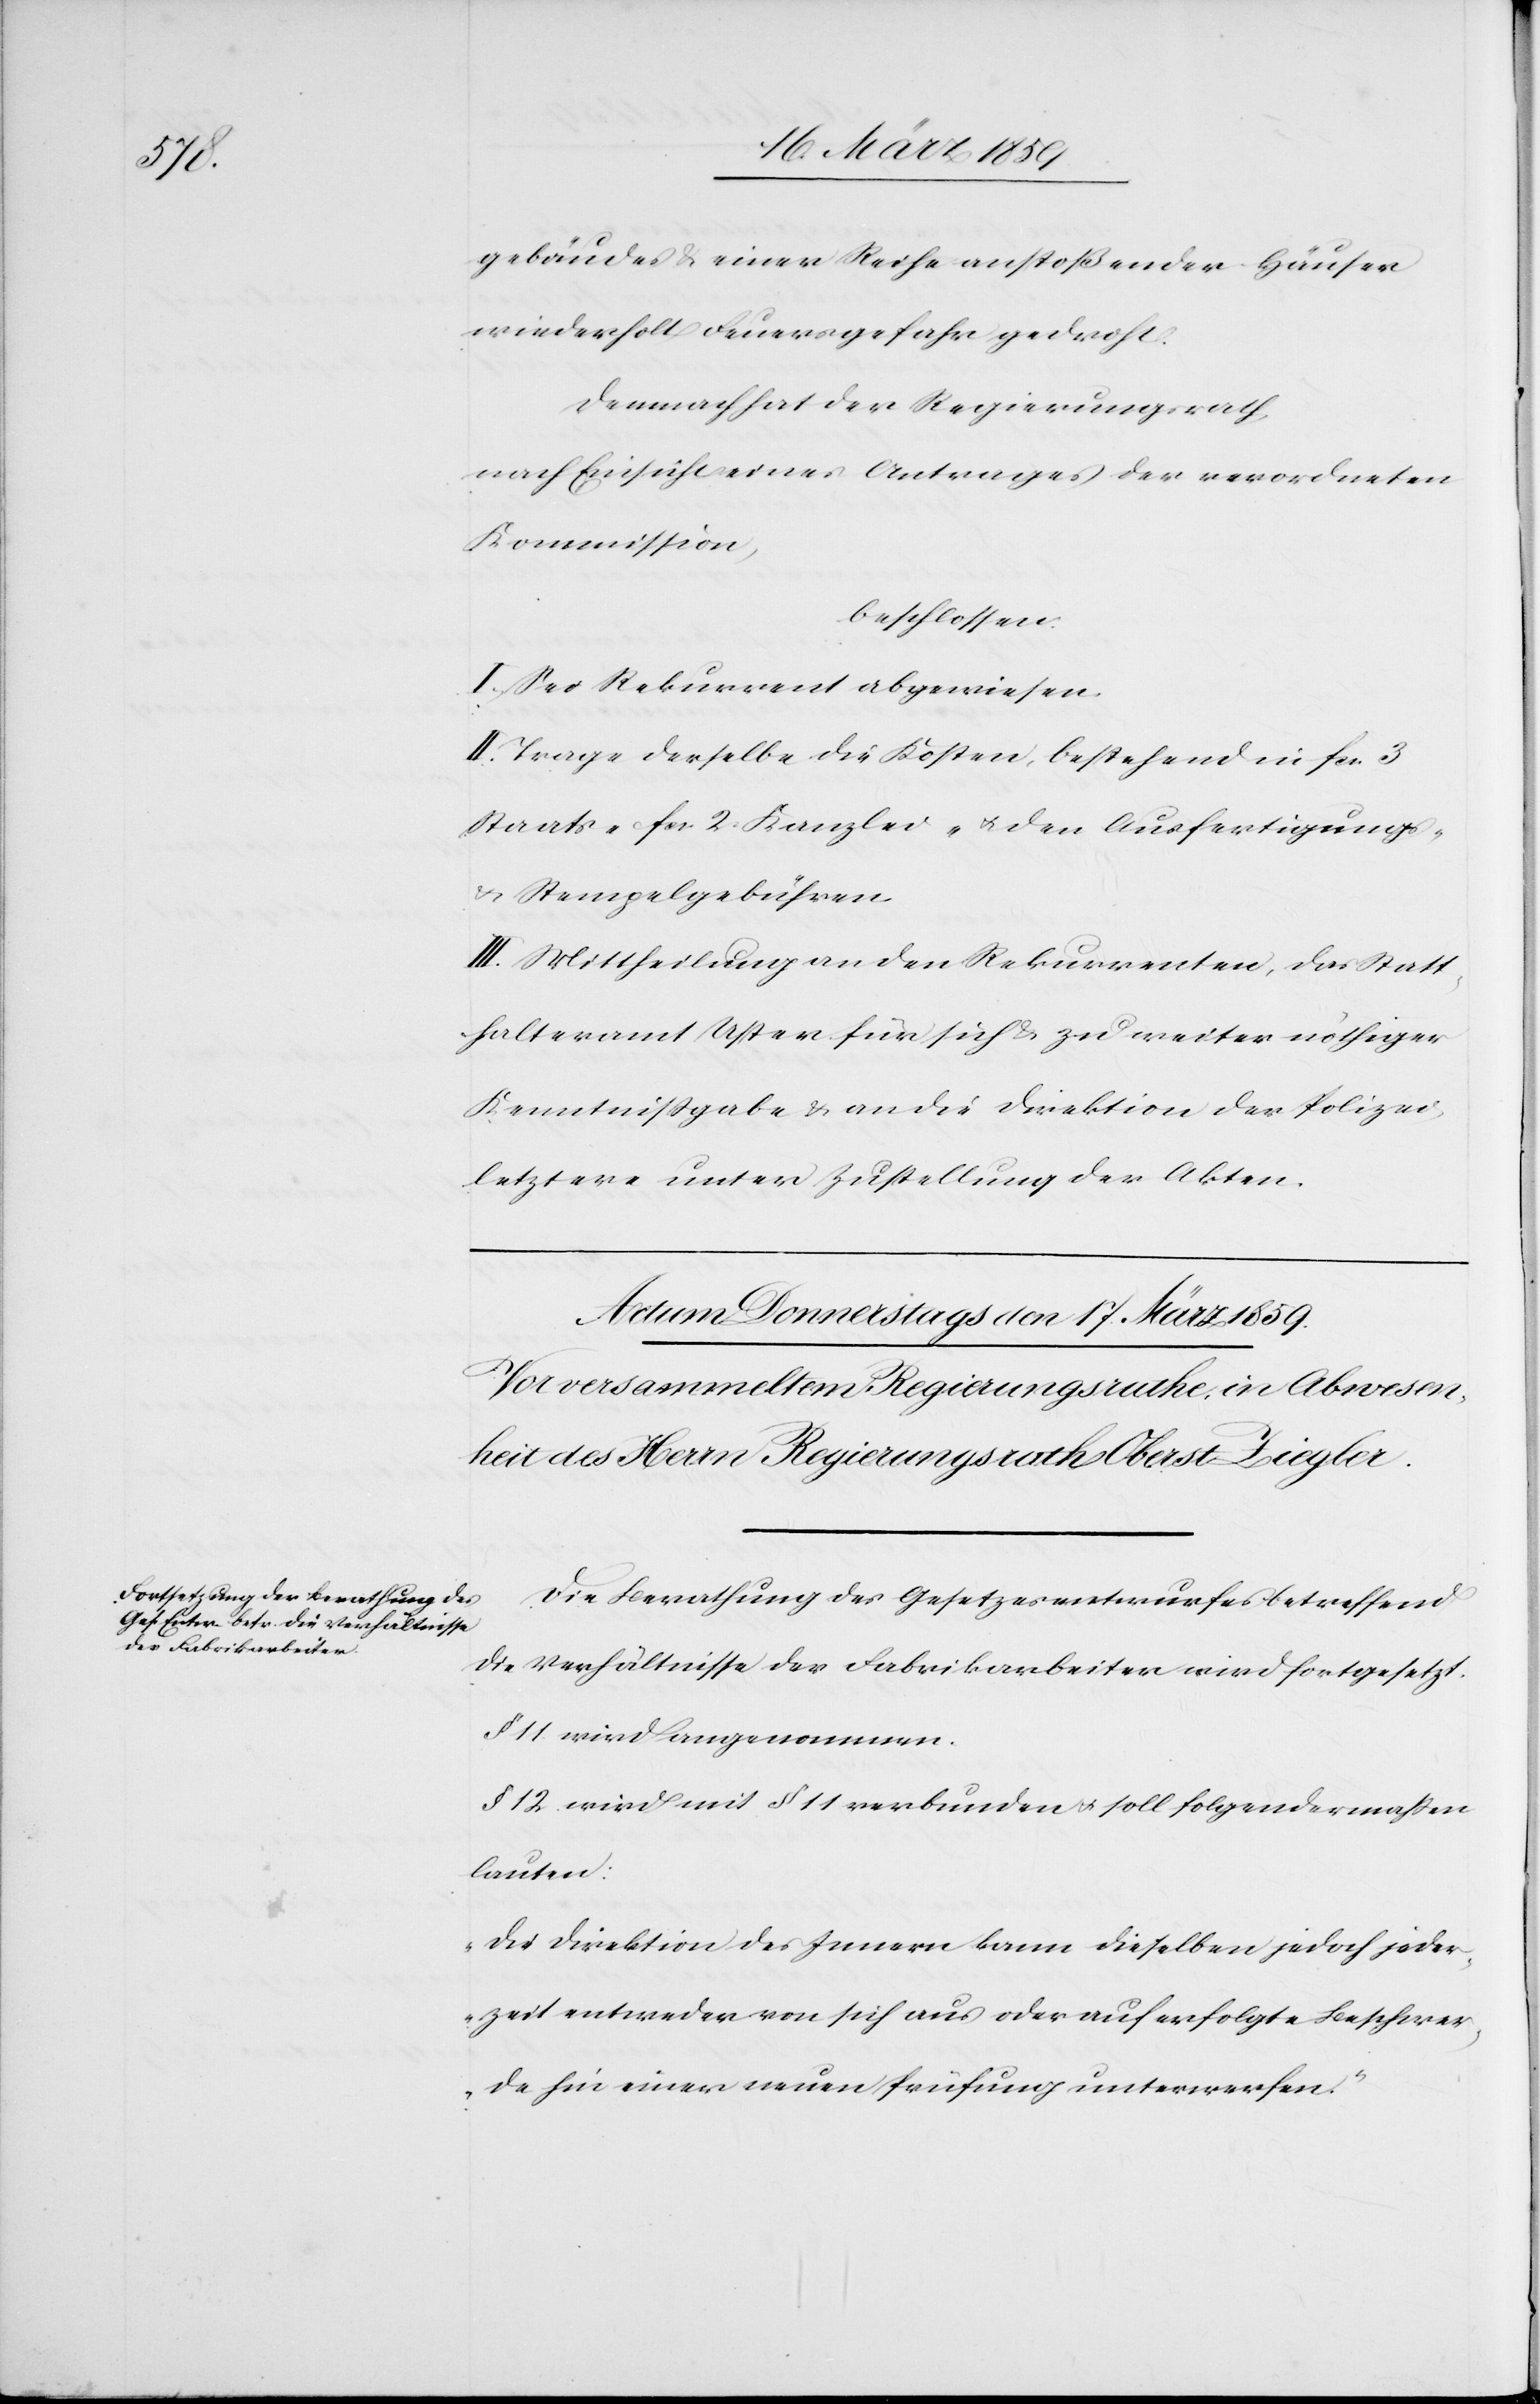
gebäudes & einer Reihe anstoßender Häuser
wiederholt Feuersgefahr gedroht.
Demnach hat der Regierungsrath,
nach Einsicht eines Antrages der verordneten
Kommission,
beschlossen:
I. Sei Rekurrent abgewiesen.
II. Trage derselbe die Kosten, bestehend in fcs. 3
Staats-[,] fcs. 2. Kanzlei- u. den Ausfertigungs-
u. Stempelgebühren.
III. Mittheilung an den Rekurrenten, Statt¬
halteramt Uster für sich & zu weiter nöthiger
Kenntnißgabe & an die Direktion der Polizei,
letztere unter Zustellung der Akten.
Die Berathung des Gesetzesentwurfes betreffend
die Verhältnisse der Fabrikarbeiter wird fortgesetzt.
§ 11. wird angenommen.
§ 12. wird mit § 11 verbunden u. soll folgendermaßen
lauten:
„Die Direktion des Innern kann dieselben jedoch jeder¬
zeit entweder von sich aus oder auf erfolgte Beschwer¬
de hin einer neuen Prüfung unterwerfen.“